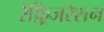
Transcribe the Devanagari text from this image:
रेफ़्रिजरेशन